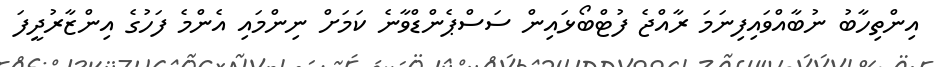
އިންތިހާބު ނުބާއްވައިފިނަމަ ރާއްޖެ ފުޓްބޯޅައިން ސަސްޕެންޑްވާނެ ކަމަށް ނިންމައި އެންމެ ފަހުގެ އިންޒާރުދީފަ